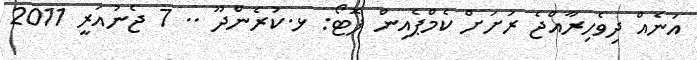
އަނެއް ދިވެހިރާއްޖެ ރަށަށް ކެމްޕެއިން ފޮޓޯ: ޅ.ކުރެންދޫ .. 7 ޖެނުއަރީ 2011